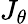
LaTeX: J_{\theta}